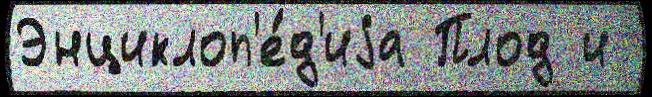
Энциклоп'е́д'иjа Плод и